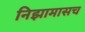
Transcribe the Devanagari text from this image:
निझामासच